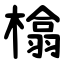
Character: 㯓